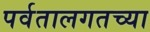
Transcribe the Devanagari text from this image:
पर्वतालगतच्या